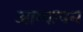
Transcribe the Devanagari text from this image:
आग्यापन